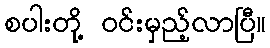
စပါးတို့ ဝင်းမှည့်လာပြီ။